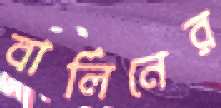
বার্লিনের